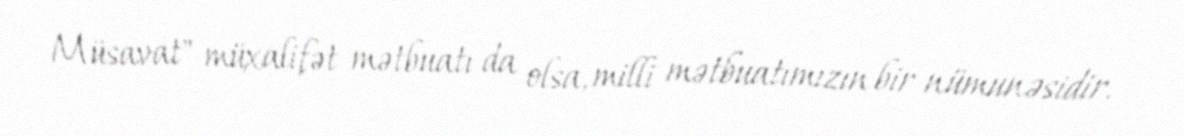
Müsavat" müxalifət mətbuatı da olsa, milli mətbuatımızın bir nümunəsidir.